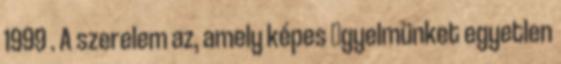
1999 . A szerelem az, amely képes ﬁgyelmünket egyetlen